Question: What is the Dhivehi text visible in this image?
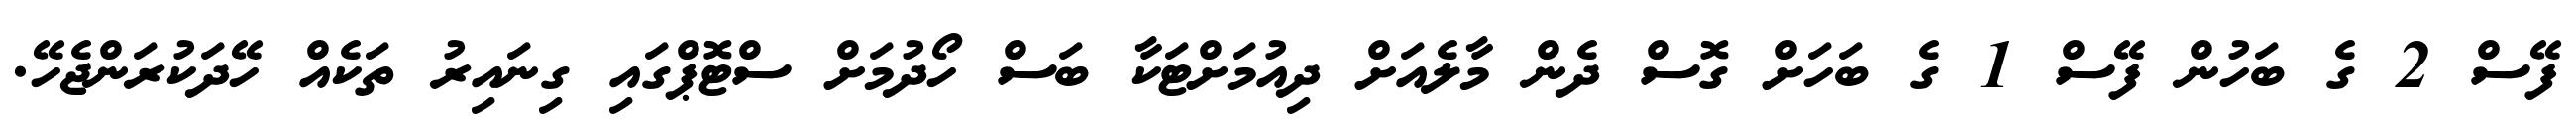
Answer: ފޭސް 2 ގެ ބަހުން ފޭސް 1 ގެ ބަހަށް ގޮސް ދެން މާލެއަށް ދިއުމަށްޓަކާ ބަސް ހޯދުމަށް ސްޓޮޕްގައި ގިނައިރު ތަކެއް ހޭދަކުރަންޖެހޭ.